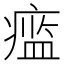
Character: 𱱞